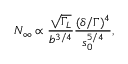
N _ { \infty } \propto \frac { \sqrt { \Gamma _ { L } } } { b ^ { 3 / 4 } } \frac { ( \delta / \Gamma ) ^ { 4 } } { s _ { 0 } ^ { 5 / 4 } } ,